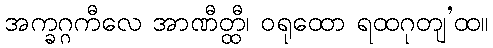
အက္ခဂ္ဂကီလေ အာဏီတ္ထီ၊ ဝရုထော ရထဂုတျ’ထ။